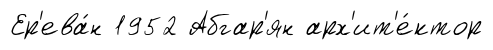
Ер'ева́н 1952 Абгар'ян арх'ит'е́ктор